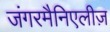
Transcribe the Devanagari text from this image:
जंगरमैनिएलीज़